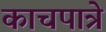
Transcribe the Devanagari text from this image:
काचपात्रे